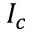
I _ { c }